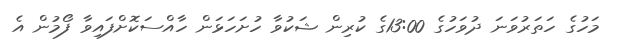
މަހުގެ ހަތަރުވަނަ ދުވަހުގެ 13:00ގެ ކުރިން ޝަކުވާ ހުށަހަޅަން ހާއްސަކޮށްފައިވާ ފޯމުން އެ